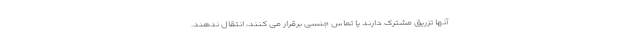
آنها تزریق مشترک دارند یا تماس جنسی برقرار می کنند، انتقال ندهند.